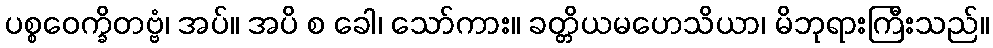
ပစ္စဝေက္ခိတဗ္ဗံ၊ အပ်။ အပိ စ ခေါ၊ သော်ကား။ ခတ္တိယမဟေသိယာ၊ မိဘုရားကြီးသည်။